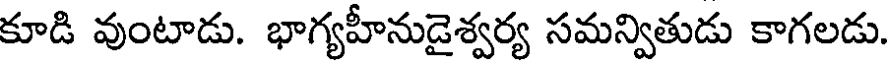
కూడి వుంటాడు. భాగ్యహీనుడైశ్వర్య సమన్వితుడు కాగలడు.